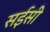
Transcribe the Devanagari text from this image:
सईसी